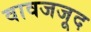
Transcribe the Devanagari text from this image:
वावजजूद